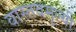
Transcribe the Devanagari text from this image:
वास्तवमूल्यी